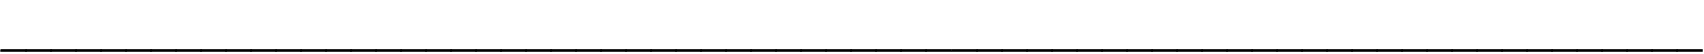
____________________________________________________________________